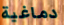
دماغية